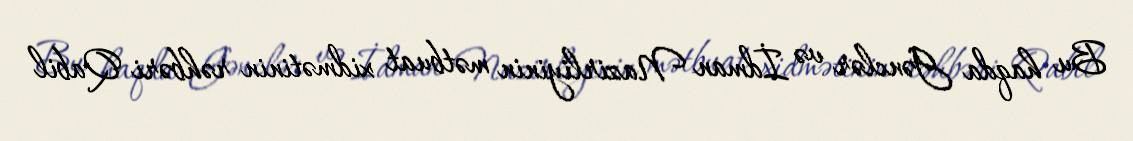
Bu haqda Gənclər və İdman Nazirliyinin mətbuat xidmətinin rəhbəri Qabil